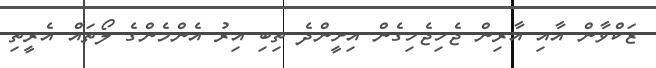
ޒަކްވާން އާއި އާރިން ޖެހިޖެހިގެން އިށީންދެ ތިބި އިރު އެންމެންގެ ލޯތައް އެރީތި